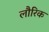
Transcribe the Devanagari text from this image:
लौरिक